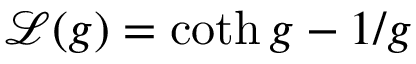
\mathcal { L } ( g ) = \coth g - 1 / g